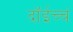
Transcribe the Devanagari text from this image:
दॉईच्चं